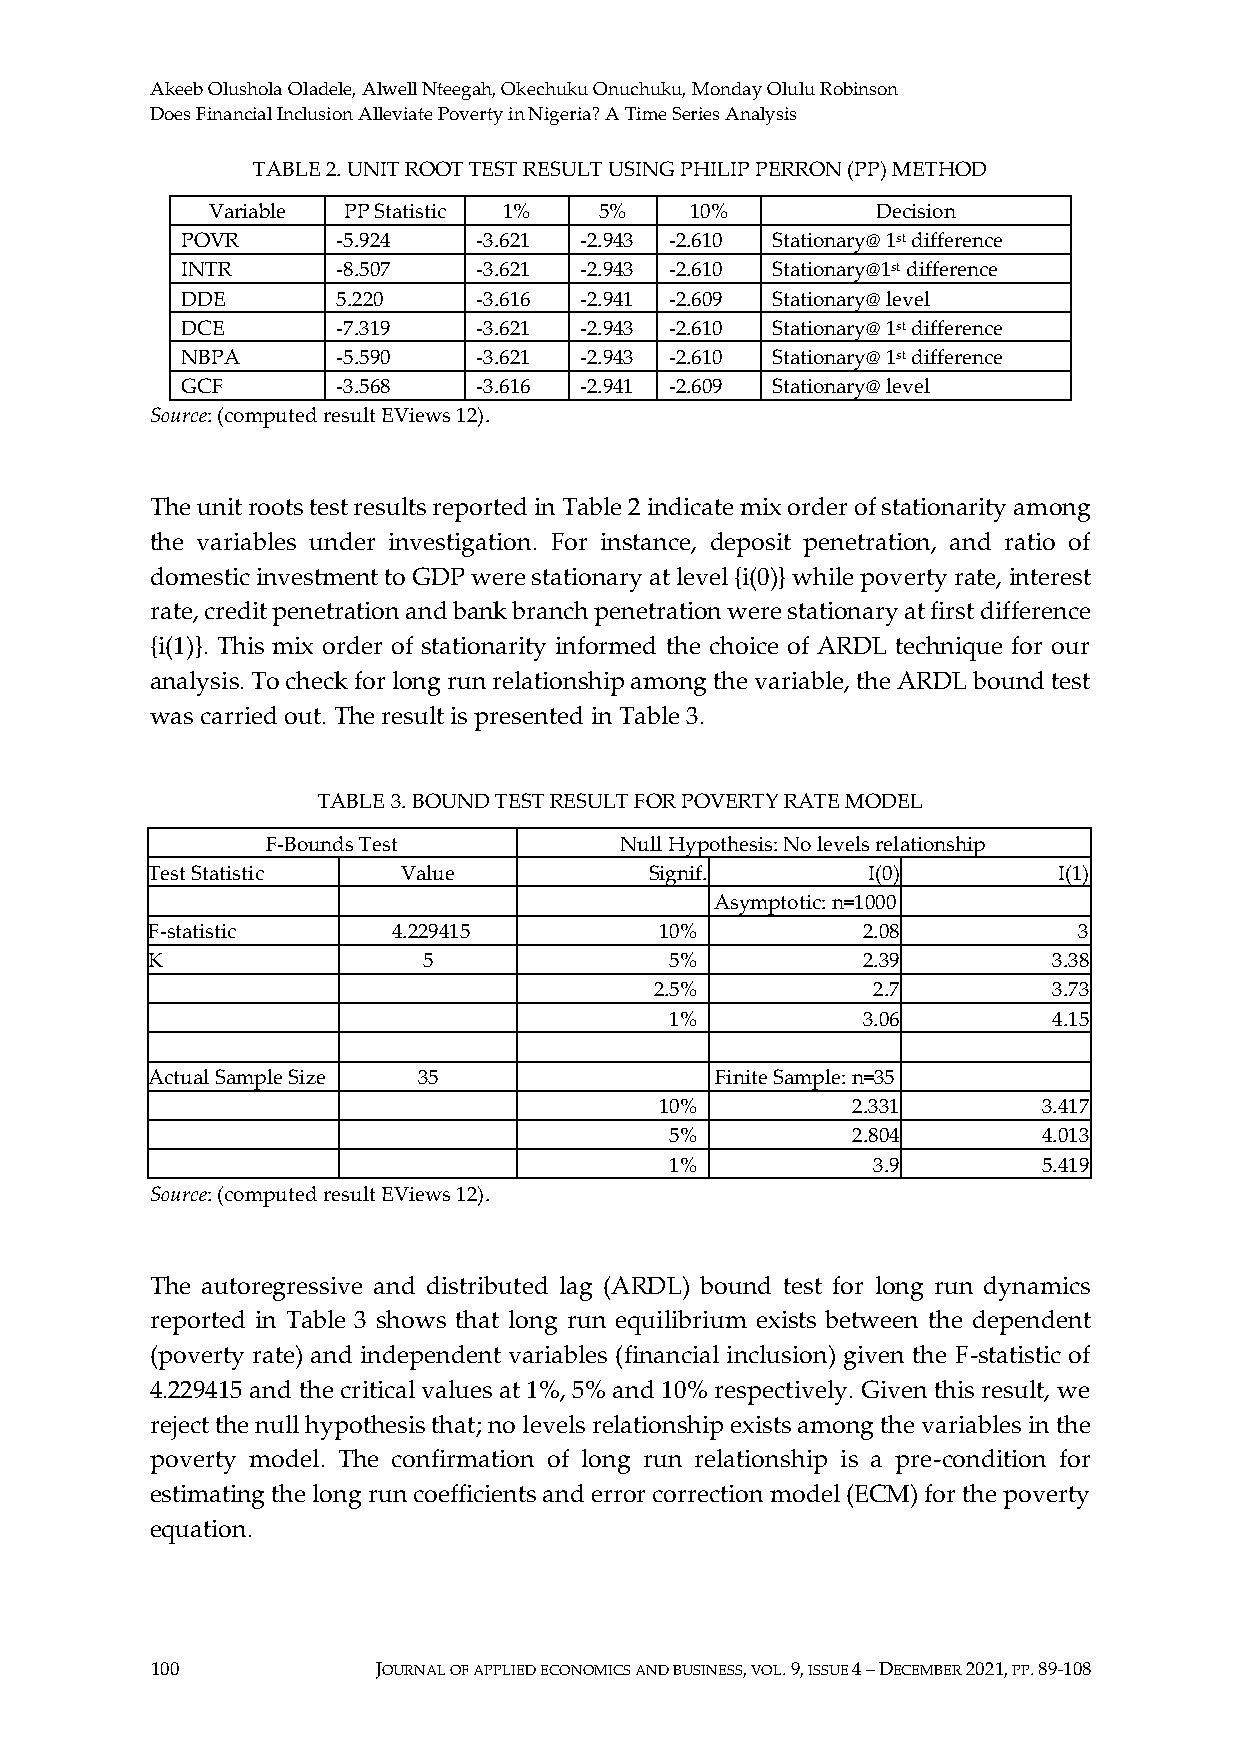
Akeeb Olushola Oladele, Alwell Nteegah, Okechuku Onuchuku, Monday Olulu Robinson
 Does Financial Inclusion Alleviate Poverty in Nigeria? A Time Series Analysis
 TABLE 2. UNIT ROOT TEST RESULT USING PHILIP PERRON (PP) METHOD
 Variable PP Statistic 1%  5%    10%         Decision
 POVR      -5.924    -3.621 -2.943 -2.610 Stationary@ 1st difference
 INTR      -8.507    -3.621 -2.943 -2.610 Stationary@1st difference
 DDE       5.220     -3.616 -2.941 -2.609 Stationary@ level
 DCE       -7.319    -3.621 -2.943 -2.610 Stationary@ 1st difference
 NBPA      -5.590    -3.621 -2.943 -2.610 Stationary@ 1st difference
 GCF       -3.568    -3.616 -2.941 -2.609 Stationary@ level
 Source: (computed result EViews 12).
 The unit roots test results reported in Table 2 indicate mix order of stationarity among
 the variables under investigation. For instance, deposit penetration, and ratio of
 domestic investment to GDP were stationary at level {i(0)} while poverty rate, interest
 rate, credit penetration and bank branch penetration were stationary at first difference
 {i(1)}. This mix order of stationarity informed the choice of ARDL technique for our
 analysis. To check for long run relationship among the variable, the ARDL bound test
 was carried out. The result is presented in Table 3.
 TABLE 3. BOUND TEST RESULT FOR POVERTY RATE MODEL
 F-Bounds Test          Null Hypothesis: No levels relationship
 Test Statistic   Value           Signif.       I(0)         I(1)
 Asymptotic: n=1000
 F-statistic     4.229415          10%          2.08          3
 K                 5               5%           2.39         3.38
 2.5%           2.7         3.73
 1%           3.06         4.15
 Actual Sample Size 35                Finite Sample: n=35
 10%         2.331        3.417
 5%          2.804        4.013
 1%            3.9        5.419
 Source: (computed result EViews 12).
 The autoregressive and distributed lag (ARDL) bound test for long run dynamics
 reported in Table 3 shows that long run equilibrium exists between the dependent
 (poverty rate) and independent variables (financial inclusion) given the F-statistic of
 4.229415 and the critical values at 1%, 5% and 10% respectively. Given this result, we
 reject the null hypothesis that; no levels relationship exists among the variables in the
 poverty model. The confirmation of long run relationship is a pre-condition for
 estimating the long run coefficients and error correction model (ECM) for the poverty
 equation.
 100            JOURNAL OF APPLIED ECONOMICS AND BUSINESS, VOL. 9, ISSUE 4 – DECEMBER 2021, PP. 89-108